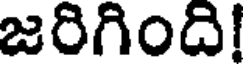
జరిగింది!